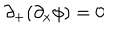
\partial _ { + } ( \partial _ { x } \phi ) = 0